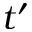
t ^ { \prime }